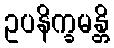
ဥပနိက္ခမန္တိ